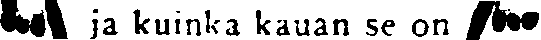
# ja kuinka kauan se on #